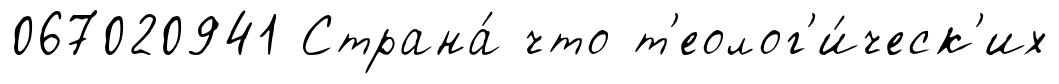
067020941 Страна́ что т'еолог'и́ческ'их